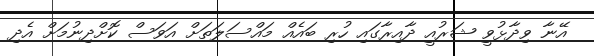
އޭނާ ވިދާޅުވީ ޝަރުއީ ދާއިރާގައި ހުރި ބައެއް މައްސަލަތަށް އަވަސް ކޮށްދިނުމަށް އެދި